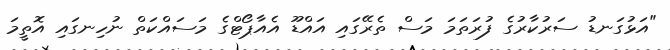
"އަޅުގަނޑު ސަރުކާރުގެ ފުރަތަމަ މަސް ތެރޭގައި އައްޑޫ އެއާޕޯޓްގެ މަސައްކަތް ނުހިނގައި އޮތީމަ